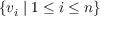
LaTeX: \{ v _ { i } \mid 1 \leq i \leq n \}